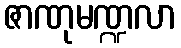
ဇာဏုမဏ္ဍလာ